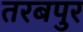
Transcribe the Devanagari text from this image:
तरबपुर